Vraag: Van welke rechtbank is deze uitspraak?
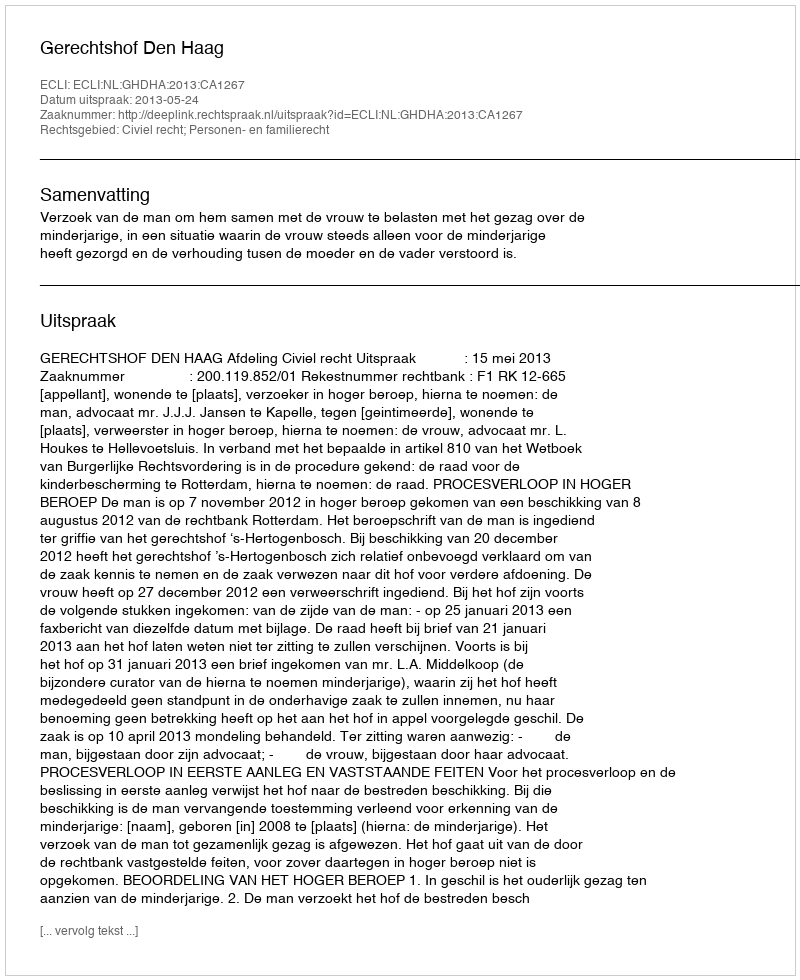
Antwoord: Gerechtshof Den Haag